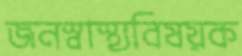
জনস্বাস্থ্যবিষয়ক